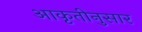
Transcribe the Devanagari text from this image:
आकृतीनुसार